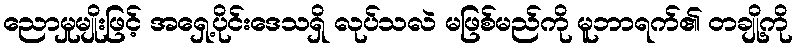
ညောမှုမျိုးဖြင့် အရှေ့ပိုင်းဒေသရှိ လုပ်သလဲ မဖြစ်မည်ကို မူဘာရက်၏ တချို့ကို